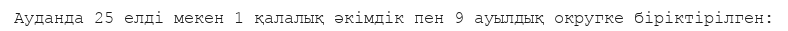
Ауданда 25 елді мекен 1 қалалық әкімдік пен 9 ауылдық округке біріктірілген: